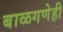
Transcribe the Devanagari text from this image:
बाळगणेही